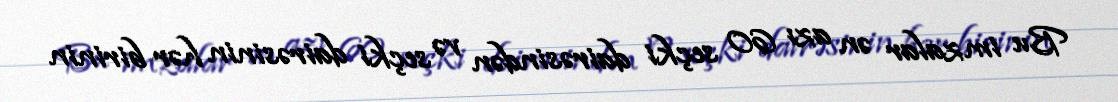
Bu imzalar ən azı 60 seçki dairəsindən və seçki dairəsinin hər birinin